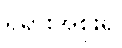
ရုရှားအစိုးရ